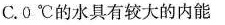
C.0℃的水具有较大的内能